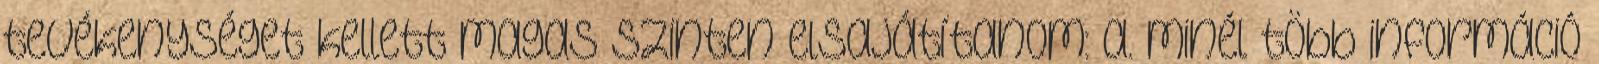
tevékenységet kellett magas szinten elsajátítanom: a. minél több információ